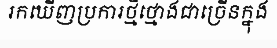
រកឃើញប្រការថ្មីថ្មោងជាច្រើនក្នុង